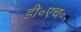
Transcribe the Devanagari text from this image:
डी॰एच॰